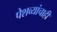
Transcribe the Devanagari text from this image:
पेशव्यांचाही